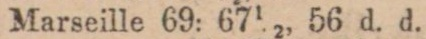
Marseille 69: 67½, 56 d. d.